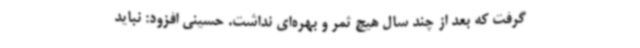
گرفت که بعد از چند سال هیچ ثمر و بهره‌ای نداشت. حسینی افزود: نباید